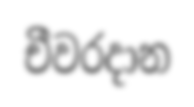
චීවරදාන